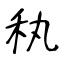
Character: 秇